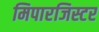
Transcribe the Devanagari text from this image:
मिपारजिस्टर